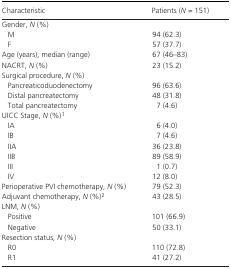
| Characteristic | Patients (N = 151) |
 | --- | --- |
 | <COLSPAN=2> Gender, N (%) |
 | M | 94 (62.3) |
 | F | 57 (37.7) |
 | Age (years), median (range) | 67 (46–83) |
 | NACRT, N (%) | 23 (15.2) |
 | <COLSPAN=2> Surgical procedure, N (%) |
 | Pancreaticoduodenectomy | 96 (63.6) |
 | Distal pancreatectomy | 48 (31.8) |
 | Total pancreatectomy | 7 (4.6) |
 | <COLSPAN=2> UICC Stage, N (%)a |
 | IA | 6 (4.0) |
 | IB | 7 (4.6) |
 | IIA | 36 (23.8) |
 | IIB | 89 (58.9) |
 | III | 1 (0.7) |
 | IV | 12 (8.0) |
 | Perioperative PVI chemotherapy, N (%) | 79 (52.3) |
 | Adjuvant chemotherapy, N (%)b | 43 (28.5) |
 | <COLSPAN=2> LNM, N (%) |
 | Positive | 101 (66.9) |
 | Negative | 50 (33.1) |
 | <COLSPAN=2> Resection status, N (%) |
 | R0 | 110 (72.8) |
 | R1 | 41 (27.2) |